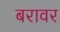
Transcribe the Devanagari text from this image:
बरावर